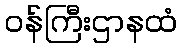
ဝန်ကြီးဌာနထံ